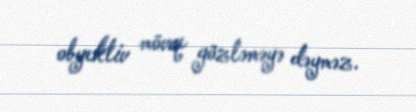
obyektiv mövqe gözləməyə dəyməz.